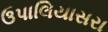
ઉપાલિયાસરા